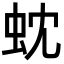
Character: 𮓻